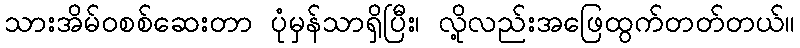
သားအိမ်ဝစစ်ဆေးတာ ပုံမှန်သာရှိပြီး၊ လို့လည်းအဖြေထွက်တတ်တယ်။